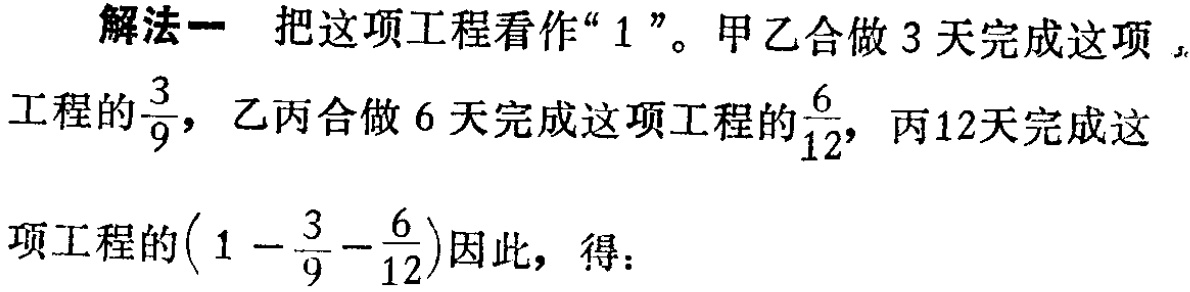
解法一 把这项工程看作“$1$”。甲乙合做$3$天完成这项工程的$\frac{3}{9}$，乙丙合做$6$天完成这项工程的$\frac{6}{12}$，丙$12$天完成这项工程的$(1 - \frac{3}{9} - \frac{6}{12})$因此，得：